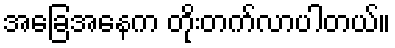
အခြေအနေက တိုးတက်လာပါတယ်။